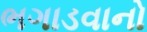
ભગાડવાનો